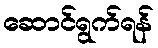
ဆောင်ရွက်ရန်